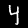
Label: 4